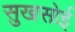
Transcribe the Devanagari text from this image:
सुखसोई